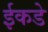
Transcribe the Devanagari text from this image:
ईकडे